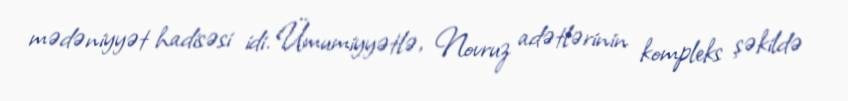
mədəniyyət hadisəsi idi. Ümumiyyətlə, Novruz adətlərinin kompleks şəkildə